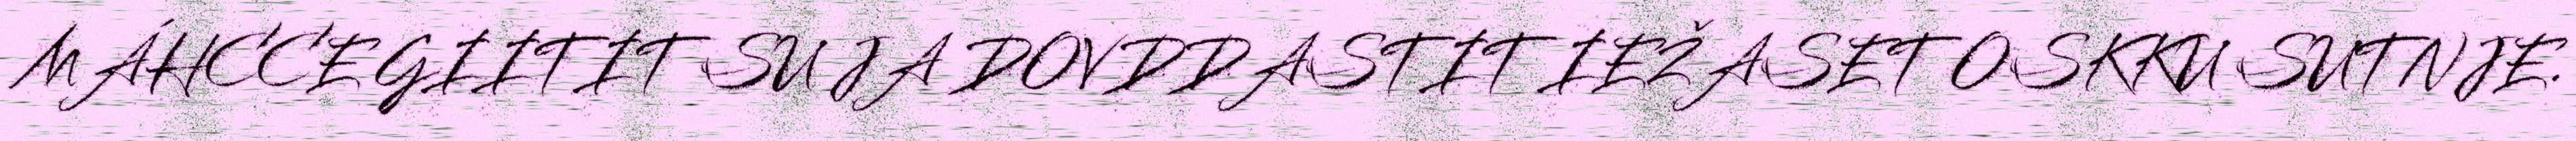
MÁHCCE GIITIT SU JA DOVDDASTIT IEŽASET OSKKU SUTNJE.